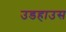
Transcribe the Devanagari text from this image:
उडहाउस